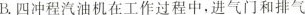
B.四冲程汽油机在工作过程中中,进气门和排气